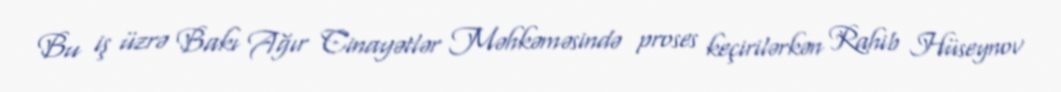
Bu iş üzrə Bakı Ağır Cinayətlər Məhkəməsində proses keçirilərkən Rahib Hüseynov